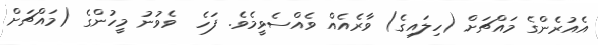
އެއުރެންގެ މައްޗަށް (ހިލައިގެ) ވާރެއެއް ވެއްސެވީމެވެ. ފަހެ  ވެވުނު މީހުންގެ (މައްޗަށް